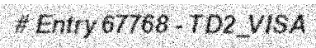
# Entry 67768 - TD2_VISA